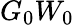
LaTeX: G_{0}W_{0}